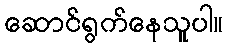
ဆောင်ရွက်နေသူပါ။